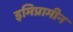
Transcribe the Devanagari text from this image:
इमिप्रामीन